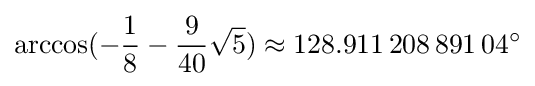
\arccos(-{\frac {1}{8}}-{\frac {9}{40}}{\sqrt {5}})\approx 128.911\,208\,891\,04^{\circ }